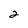
Character: 2